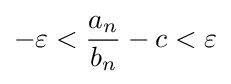
-\varepsilon <{\frac {a_{n}}{b_{n}}}-c<\varepsilon